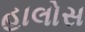
હાલોસ